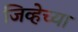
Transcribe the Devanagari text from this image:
जिव्हेच्या